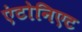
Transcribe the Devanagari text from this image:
एंटोनिएट